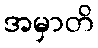
အမှာတိ